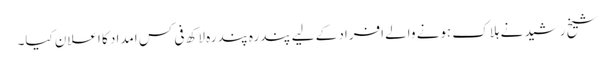
شیخ رشید نے ہلاک ہونے والے افراد کے لیے پندرہ پندرہ لاکھ فی کس امداد کا اعلان کیا۔